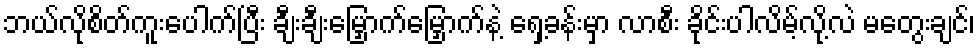
ဘယ်လိုစိတ်ကူးပေါက်ပြီး ချီးချီးမြှောက်မြှောက်နဲ့ ရှေ့ခန်းမှာ လာစီး ခိုင်းပါလိမ့်လို့လဲ မတွေးချင်၊